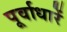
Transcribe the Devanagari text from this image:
पूर्वाधारें